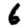
Digit: 6